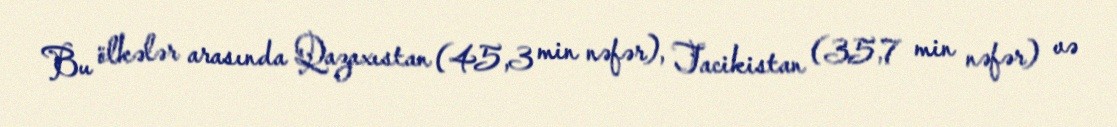
Bu ölkələr arasında Qazaxıstan (45,3 min nəfər), Tacikistan (35,7 min nəfər) və